Annual returns of the Patna Lunatic Asylum at Bankipore in Bihar and Orissa - 1912-1924
Year: 1912
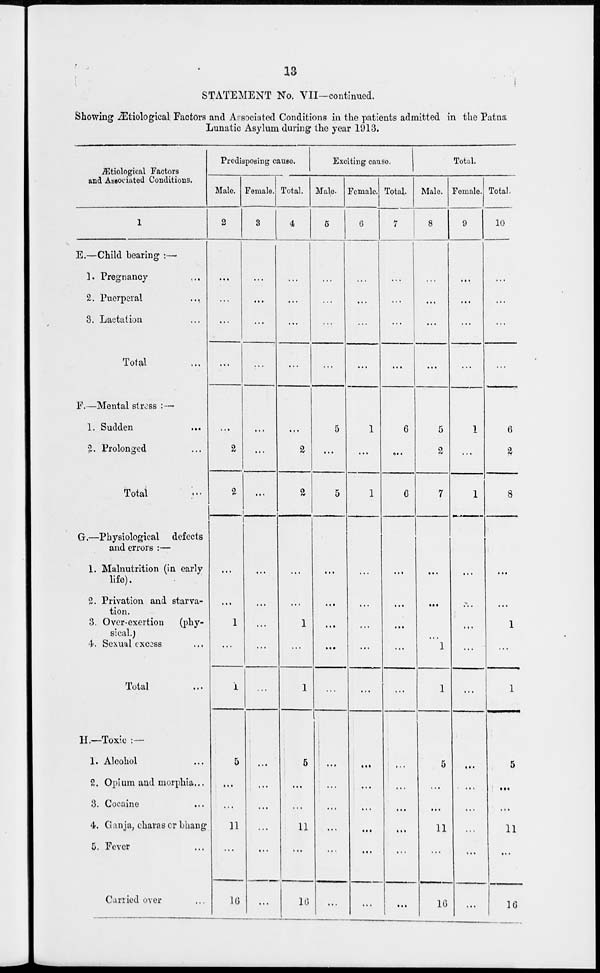
13
STATEMENT No. VII—continued.
Showing Ætiological Factors and Associated Conditions in the patients admitted in the Patna
Lunatic Asylum during the year 1913.
Ætiological Factors
and Associated Conditions.
1
E.—Child bearing :—
1. Pregnancy ...
2. Puerperal
...
3. Lactation ...
Total ...
F.—Mental stress : —
1. Sudden ...
2. Prolonged ...
Total ...
G.—Physiological
defects
and errors :—
1. Malnutrition (in early
life).
2. Privation and starva-
tion.
3. Over-exertion
(phy-
sical.)
4. Sexual excess ...
Total ...
H.—Toxic : —
1. Alcohol ...
2. Opium and morphia...
3. Cocaine ...
4. Ganja, charas or bhang
5. Fever ...
Carried over ...
Predisposing cause
Male.
2
...
...
...
...
...
2
2
...
...
1
...
1
5
...
...
11
...
16
Female.
3
...
...
...
...
...
...
...
...
...
...
...
...
...
...
...
...
...
...
Total.
4
...
...
...
...
...
2
2
...
...
1
...
1
5
...
...
11
...
16
Exciting cause.
Male.
5
...
...
...
...
5
...
5
...
...
...
...
...
...
...
...
...
...
...
Female.
6
...
...
...
...
1
...
1
...
...
...
...
...
...
...
...
...
...
...
Total.
7
...
...
...
...
6
...
6
...
...
...
...
...
...
...
...
...
...
...
Total.
Male.
8
...
...
...
...
5
2
7
...
...
...
1
1
5
...
...
11
...
16
Female.
9
...
...
...
...
1
...
1
...
...
...
...
...
...
...
...
...
...
...
Total.
10
...
...
...
...
6
2
8
...
...
1
...
1
5
...
...
11
...
16